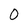
Character: 0